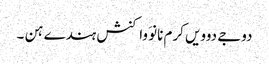
دوجے دوویں کرم نانوَ واکنش ہندے ہن ۔